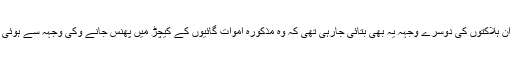
اور ان ہلاکتوں کی دوسرے وجہہ یہ بھی بتائی جارہی تھی کہ وہ مذکورہ اموات گائیوں کے کیچڑ میں پھنس جانے وکی وجہہ سے ہوئی ہیں۔